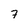
Character: 7